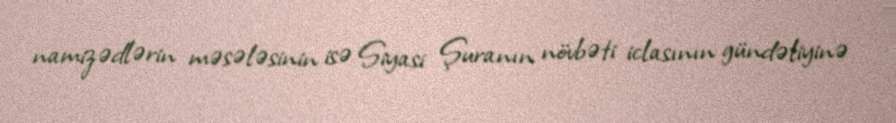
namizədlərin məsələsinin isə Siyasi Şuranın növbəti iclasının gündəliyinə